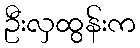
ဦးလှထွန်းက